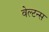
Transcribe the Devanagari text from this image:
वेल्टन्स